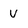
Character: V